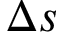
\Delta s